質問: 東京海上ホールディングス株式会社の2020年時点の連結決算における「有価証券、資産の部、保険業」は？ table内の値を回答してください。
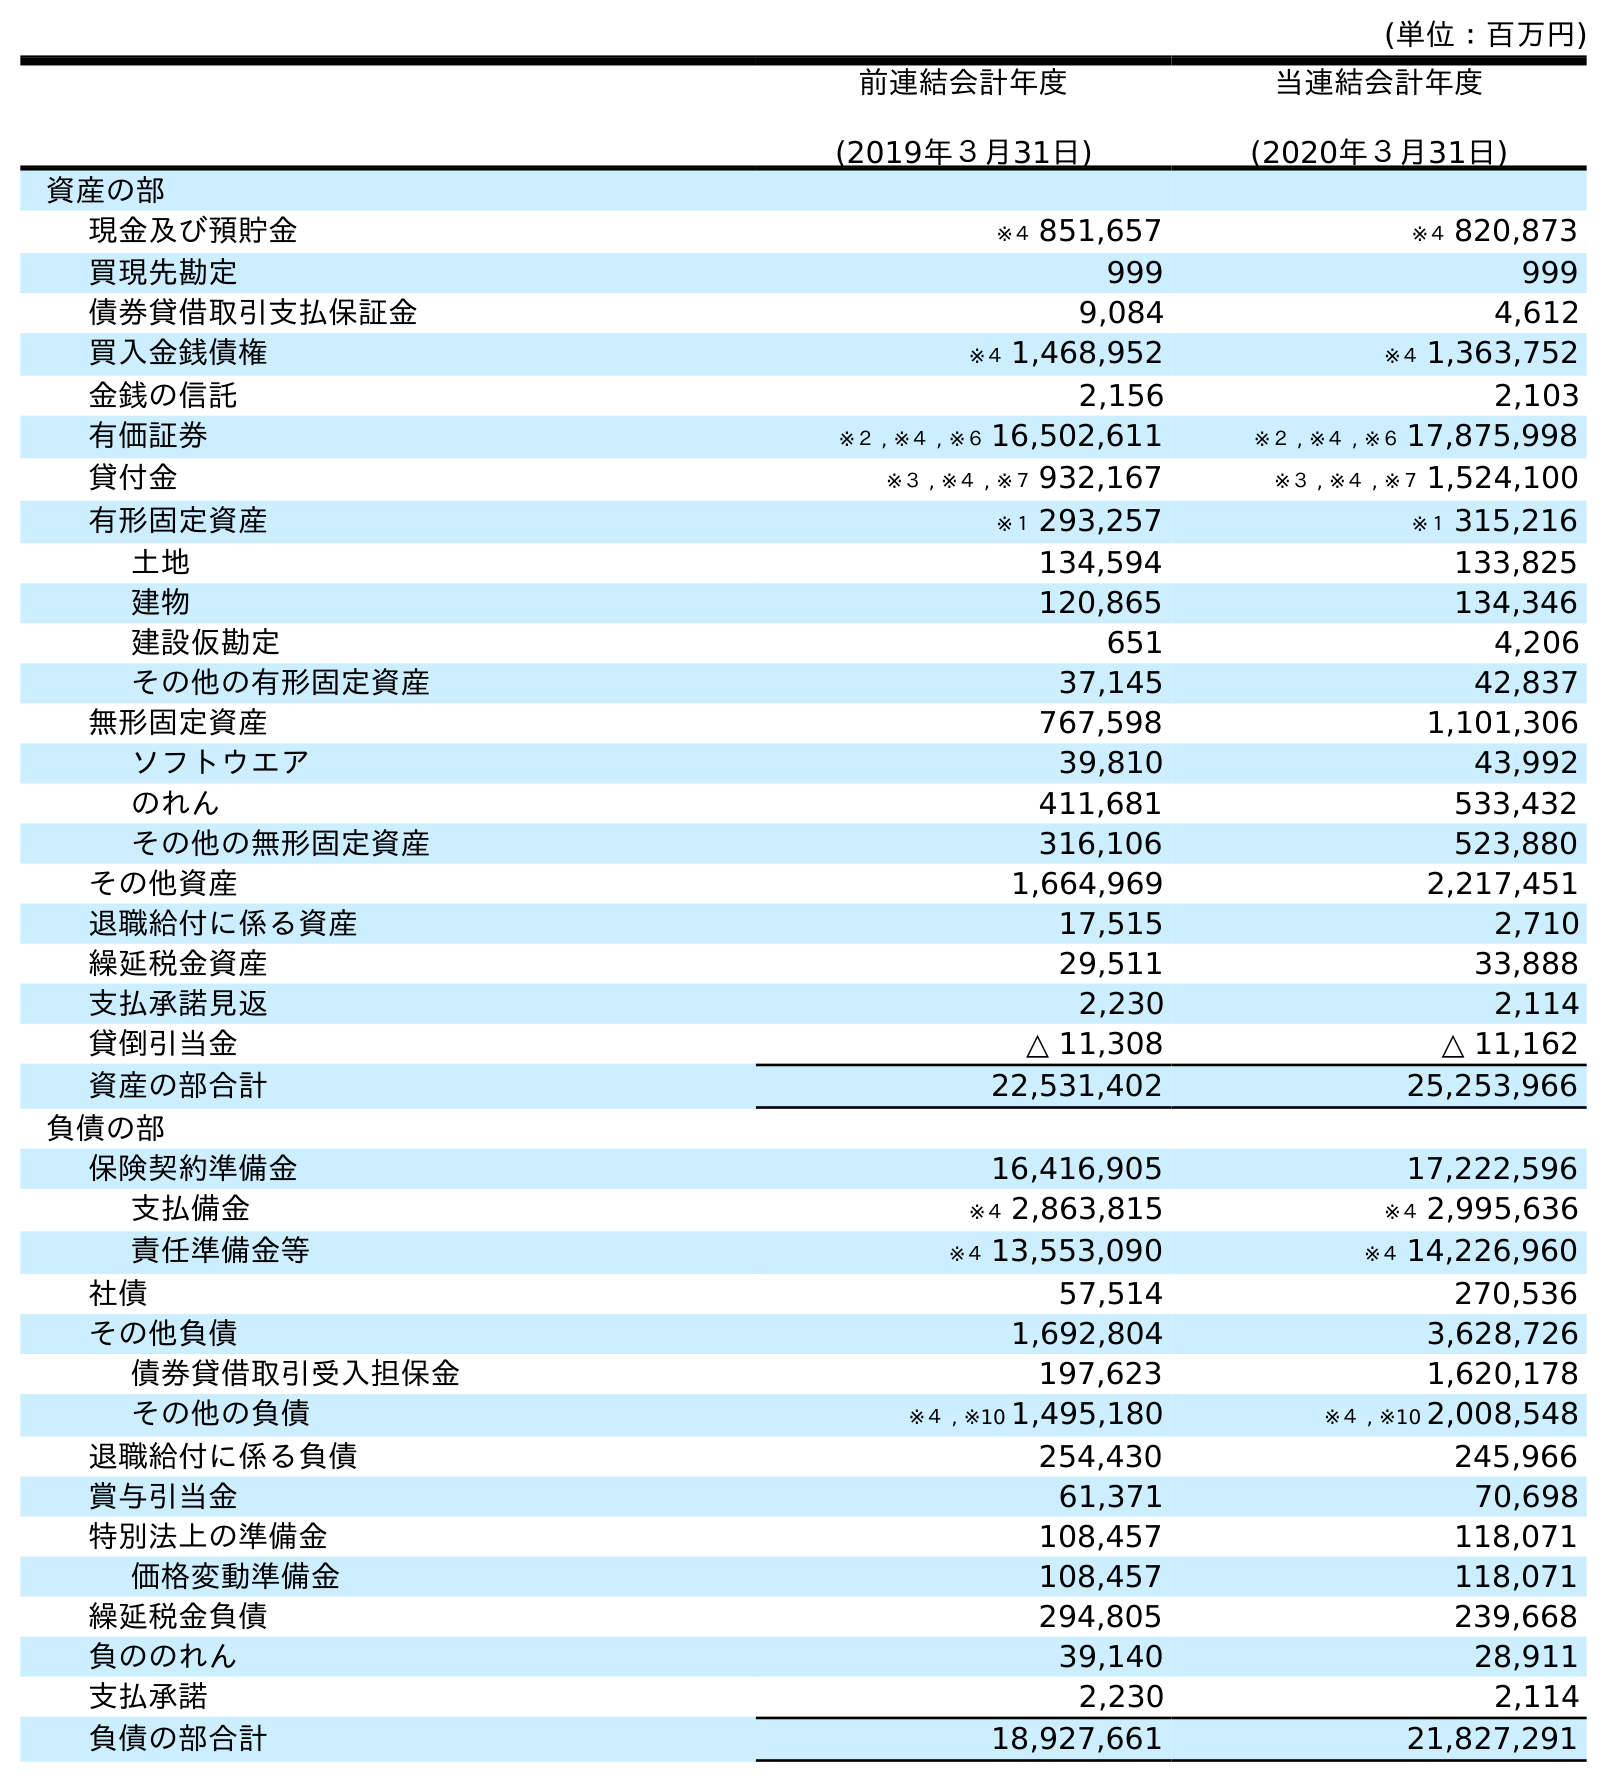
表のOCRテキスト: (単位：百万円) 前連結会計年度 (2019年３月31日) 当連結会計年度 (2020年３月31日) 資産の部 現金及び預貯金 ※４ 851,657 ※４ 820,873 買現先勘定 999 999 債券貸借取引支払保証金 9,084 4,612 買入金銭債権 ※４ 1,468,952 ※４ 1,363,752 金銭の信託 2,156 2,103 有価証券 ※２ , ※４ , ※６ 16,502,611 ※２ , ※４ , ※６ 17,875,998 貸付金 ※３ , ※４ , ※７ 932,167 ※３ , ※４ , ※７ 1,524,100 有形固定資産 ※１ 293,257 ※１ 315,216 土地 134,594 133,825 建物 120,865 134,346 建設仮勘定 651 4,206 その他の有形固定資産 37,145 42,837 無形固定資産 767,598 1,101,306 ソフトウエア 39,810 43,992 のれん 411,681 533,432 その他の無形固定資産 316,106 523,880 その他資産 1,664,969 2,217,451 退職給付に係る資産 17,515 2,710 繰延税金資産 29,511 33,888 支払承諾見返 2,230 2,114 貸倒引当金 △ 11,308 △ 11,162 資産の部合計 22,531,402 25,253,966 負債の部 保険契約準備金 16,416,905 17,222,596 支払備金 ※４ 2,863,815 ※４ 2,995,636 責任準備金等 ※４ 13,553,090 ※４ 14,226,960 社債 57,514 270,536 その他負債 1,692,804 3,628,726 債券貸借取引受入担保金 197,623 1,620,178 その他の負債 ※４ , ※10 1,495,180 ※４ , ※10 2,008,548 退職給付に係る負債 254,430 245,966 賞与引当金 61,371 70,698 特別法上の準備金 108,457 118,071 価格変動準備金 108,457 118,071 繰延税金負債 294,805 239,668 負ののれん 39,140 28,911 支払承諾 2,230 2,114 負債の部合計 18,927,661 21,827,291
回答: ※２,※４,※６17,875,998